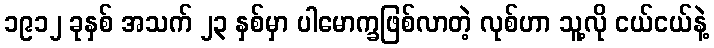
၁၉၁၂ ခုနှစ် အသက် ၂၃ နှစ်မှာ ပါမောက္ခဖြစ်လာတဲ့ လုစ်ဟာ သူ့လို ငယ်ငယ်နဲ့